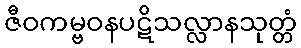
ဇီဝကမ္ဗဝနပဋိသလ္လာနသုတ္တံ